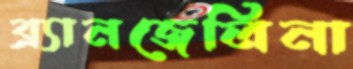
ব্র্যানজেলিনা